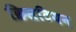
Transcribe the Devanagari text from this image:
क्रिसटियन